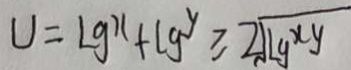
U = l y ^ { x } + l y ^ { y } \geq 2 \sqrt { l y ^ { x y } }